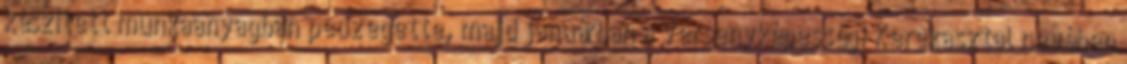
készített munkaanyagban pedzegette, majd januárban a Versenyképességi Kerekasztal nevében